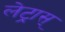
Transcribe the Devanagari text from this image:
लेट्रास्